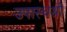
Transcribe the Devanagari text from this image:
उपास्थश्री